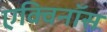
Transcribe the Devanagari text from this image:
एक्विनॉस